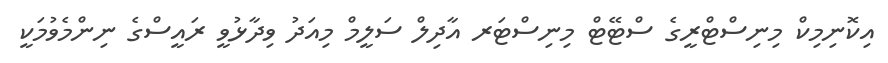
އިކޮނިމިކް މިނިސްޓްރީގެ ސްޓޭޓް މިނިސްޓަރ އާދިލް ސަލީމް މިއަދު ވިދާޅުވީ ރައީސްގެ ނިންމެވުމަކީ